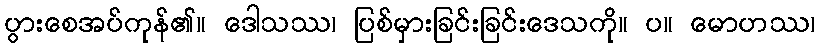
ပွားစေအပ်ကုန်၏။ ဒေါသဿ၊ ပြစ်မှားခြင်းခြင်းဒေသကို။ ပ။ မောဟဿ၊